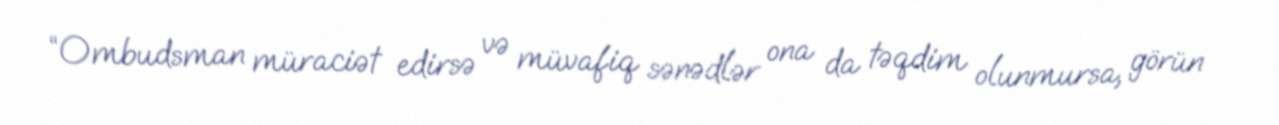
“Ombudsman müraciət edirsə və müvafiq sənədlər ona da təqdim olunmursa, görün